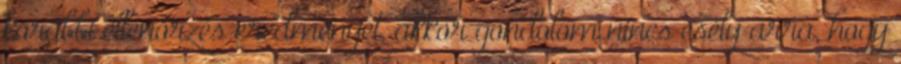
korábbi ellenőrzés eredményét, akkor gondolom nincs esély arra, hogy